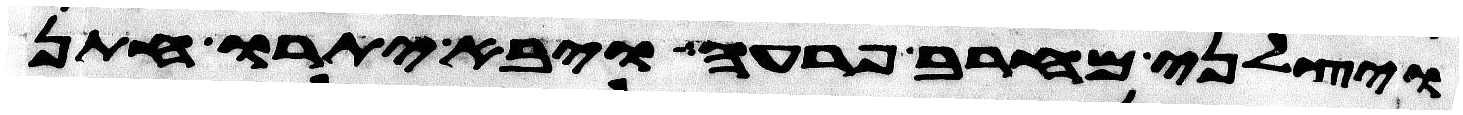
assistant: ויצלני מחרב פרעה ויבא יתרו חתן